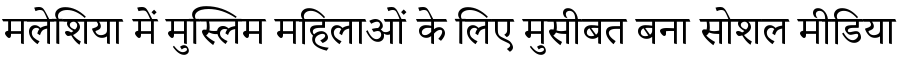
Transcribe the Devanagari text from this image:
मलेशिया में मुस्लिम महिलाओं के लिए मुसीबत बना सोशल मीडिया